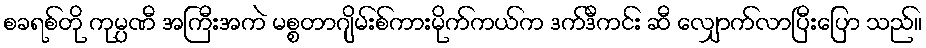
စခရစ်တို ကုမ္ပဏီ အကြီးအကဲ မစ္စတာဂျိမ်းစ်ကားမိုက်ကယ်က ဒက်ဒီကင်း ဆီ လျှောက်လာပြီးပြော သည်။